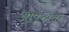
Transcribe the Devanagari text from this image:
आवष्यक्ता